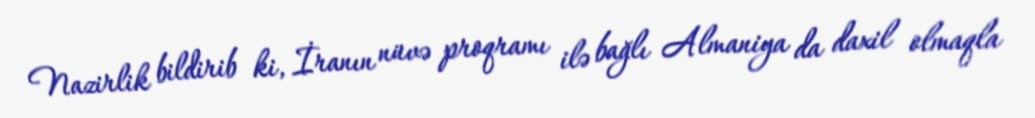
Nazirlik bildirib ki, İranın nüvə proqramı ilə bağlı Almaniya da daxil olmaqla